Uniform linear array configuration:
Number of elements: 48
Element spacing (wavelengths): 0.75
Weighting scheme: blackman
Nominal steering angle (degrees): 60
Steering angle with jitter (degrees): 61.969
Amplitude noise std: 0.05
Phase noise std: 0.05

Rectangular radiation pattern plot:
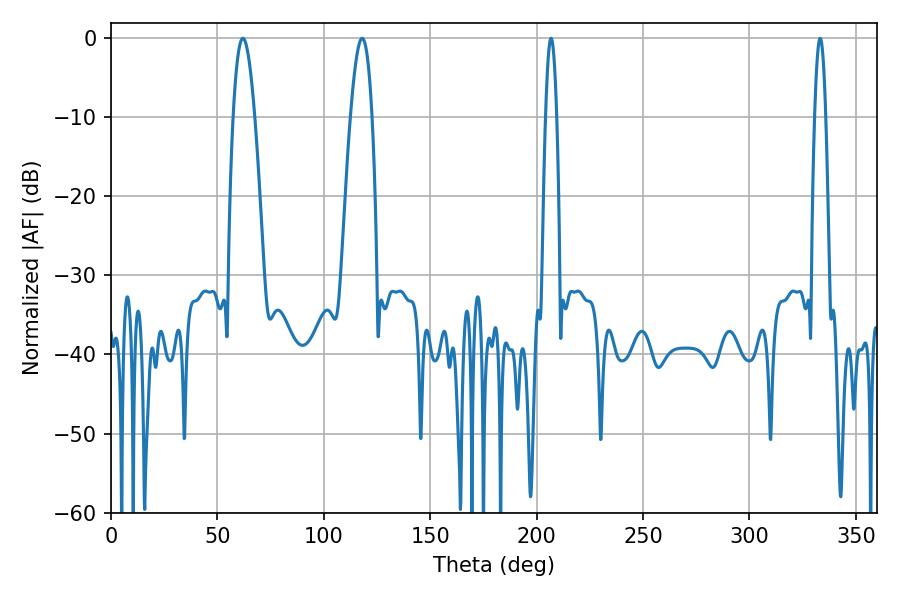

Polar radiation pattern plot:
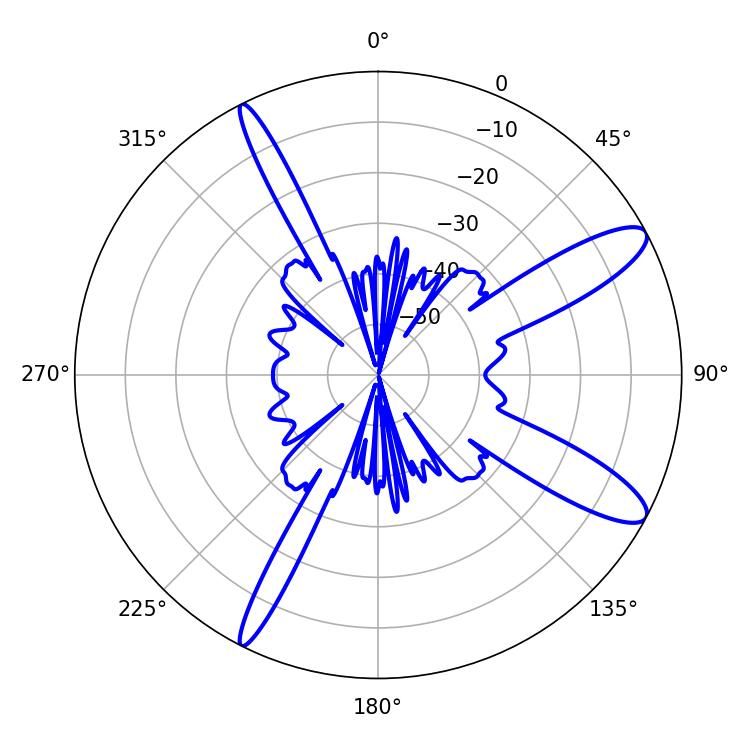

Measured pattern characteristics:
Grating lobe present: TRUE
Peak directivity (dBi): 11.654
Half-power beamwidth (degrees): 5.4
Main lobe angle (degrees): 61.92